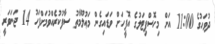
ދުވަހުގެ 11:00 އަށް މިހޮސްޕިޓަލުގެ އޮފީހަށް ވަޑައިގެން މަޢުލޫމާތު ސާފުކުރެއްވުމަށްފަހު 14 ޖަނަވަރީ